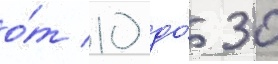
о́т 10 до́ 30